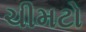
ચીમટો